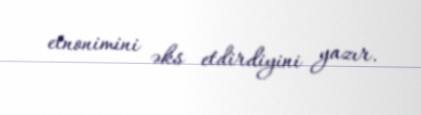
etnonimini əks etdirdiyini yazır.